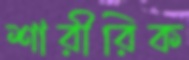
শারীরিক